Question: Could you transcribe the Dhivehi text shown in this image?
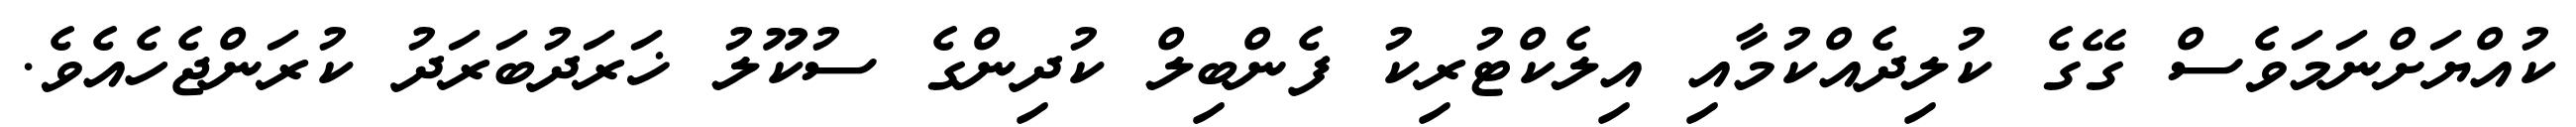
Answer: ކުއްޔަށްނަމަވެސް ގޭގެ ކުލިދެއްކުމާއި އިލެކްޓުރިކު ފެންބިލް ކުދިންގެ ސުކޫލު ޚަރަދުބަރަދު ކުރަންޖެހެއެވެ.